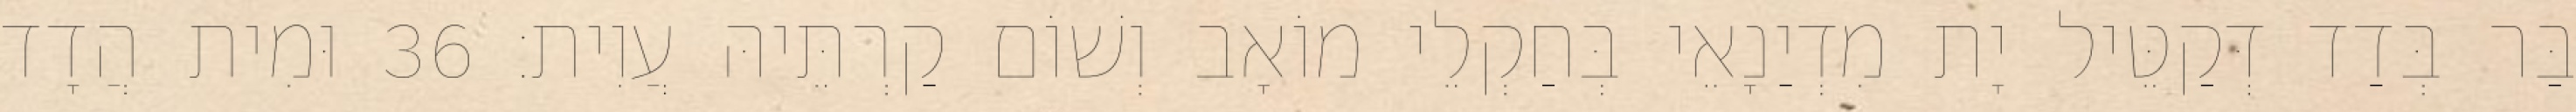
בַּר בְּדַד דְּקַטֵּיל יָת מִדְיַנָאֵי בְּחַקְלֵי מוֹאָב וְשׁוֹם קַרְתֵּיהּ עֲוִית׃ 36 וּמִית הֲדָד